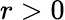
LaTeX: r>0